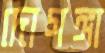
দোগঙ্গা